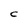
Character: C